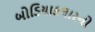
બોડિયાકલારનો